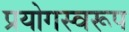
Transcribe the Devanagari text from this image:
प्रयोगस्वरूप